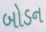
બોડન